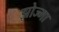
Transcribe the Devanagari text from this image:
झोज्मा